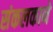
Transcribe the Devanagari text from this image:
संकलकाने